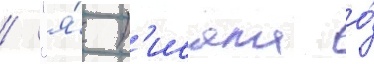
/ "я́ п'исала о́